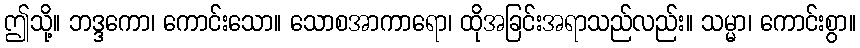
ဤသို့။ ဘဒ္ဒကော၊ ကောင်းသော။ သောစအာကာရော၊ ထိုအခြင်းအရာသည်လည်း။ သမ္မာ၊ ကောင်းစွာ။